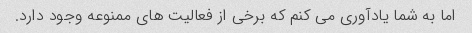
اما به شما یادآوری می کنم که برخی از فعالیت های ممنوعه وجود دارد.